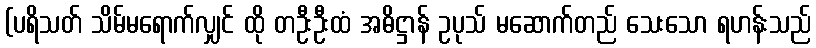
(ပရိသတ် သိမ်မရောက်လျှင် ထို တဦးဦးထံ အဓိဋ္ဌာန် ဥပုသ် မဆောက်တည် သေးသော ရဟန်းသည်